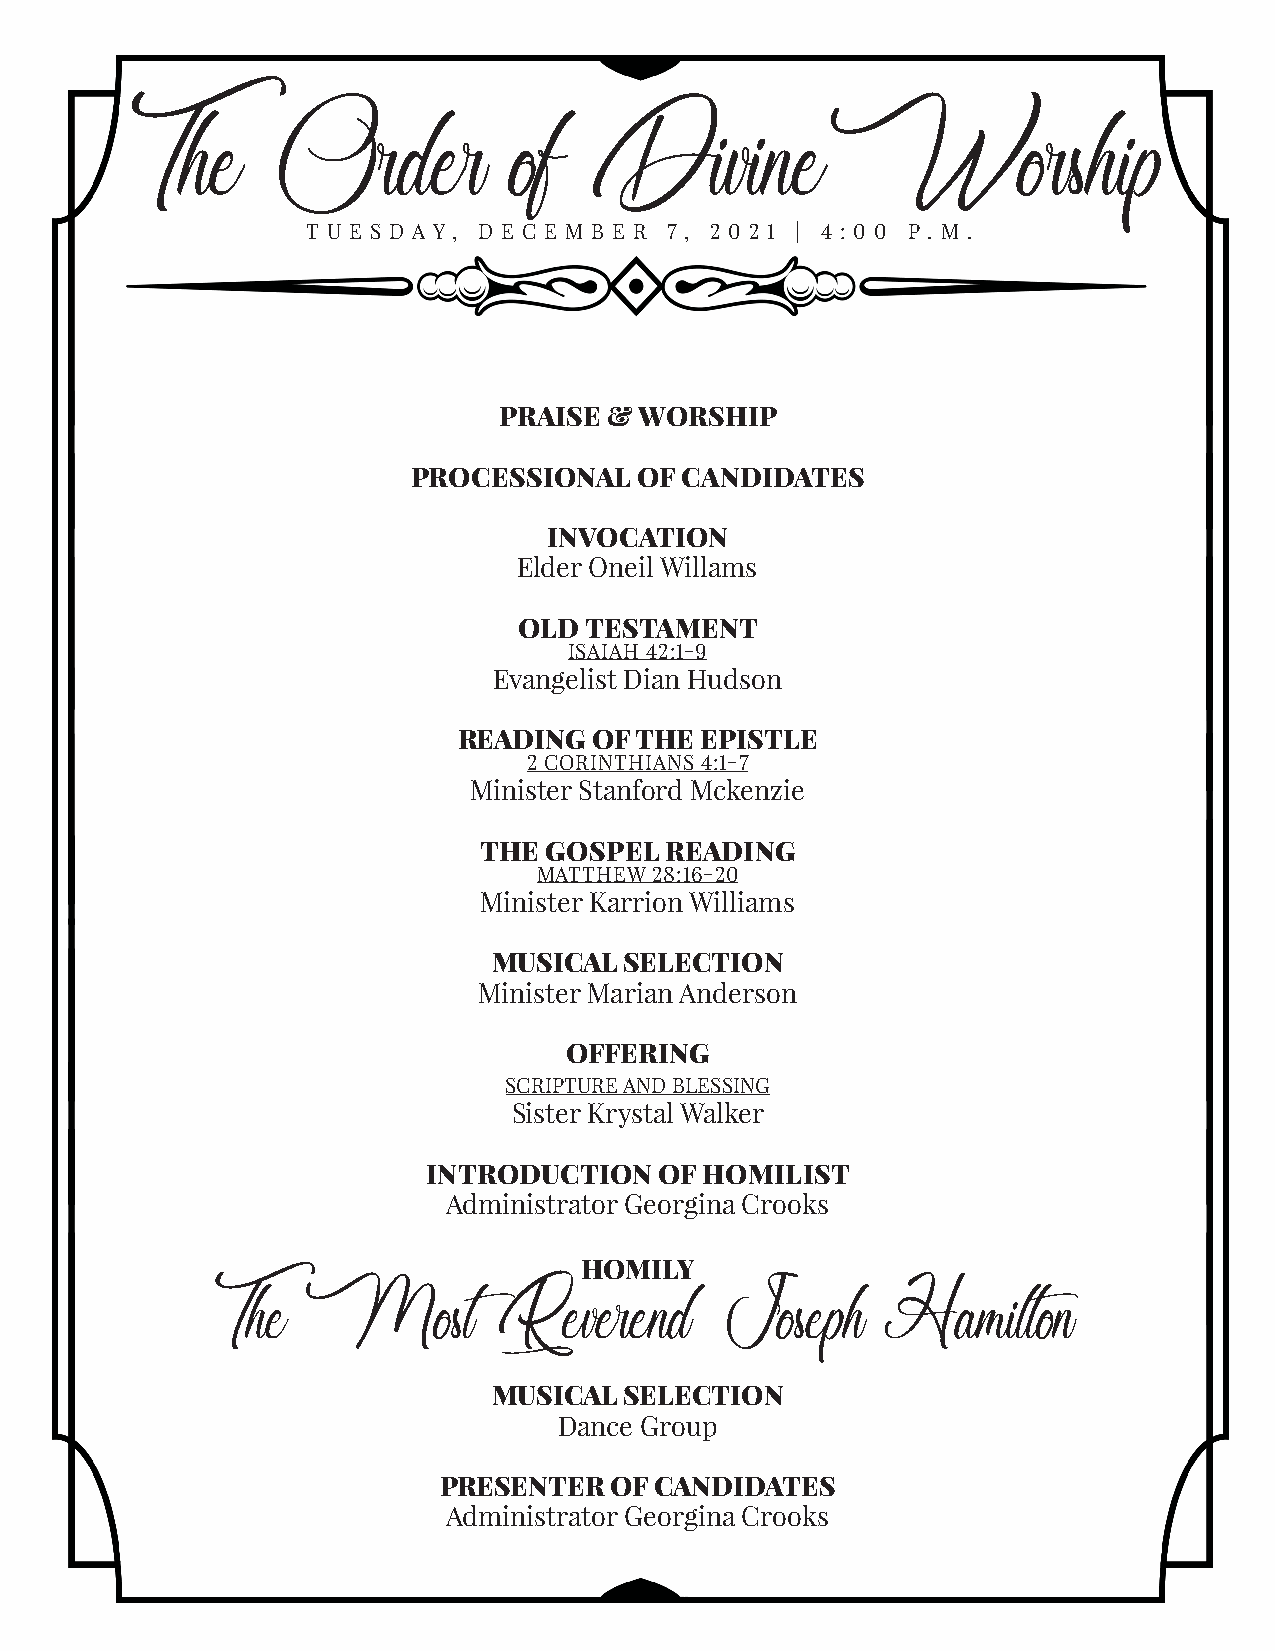
The        Order           of   DivineWorship
 T U E S D A Y , D E C E M B E R 7 , 2 0 2 1 | 4 : 0 0 P . M .
 PRAISE & WORSHIP
 PROCESSIONAL   OF CANDIDATES
 INVOCATION
 Elder Oneil Willams
 OLD  TESTAMENT
 ISAIAH 42:1-9
 Evangelist Dian Hudson
 READING  OF THE EPISTLE
 2 CORINTHIANS 4:1-7
 Minister Stanford Mckenzie
 THE GOSPEL  READING
 MATTHEW 28:16-20
 Minister Karrion Williams
 MUSICAL SELECTION
 Minister Marian Anderson
 OFFERING
 SCRIPTURE AND BLESSING
 Sister Krystal Walker
 INTRODUCTION    OF HOMILIST
 Administrator Georgina Crooks
 HOMILY
 The    Most         Reverend      Joseph     Hamilton
 MUSICAL SELECTION
 Dance Group
 PRESENTER  OF CANDIDATES
 Administrator Georgina Crooks